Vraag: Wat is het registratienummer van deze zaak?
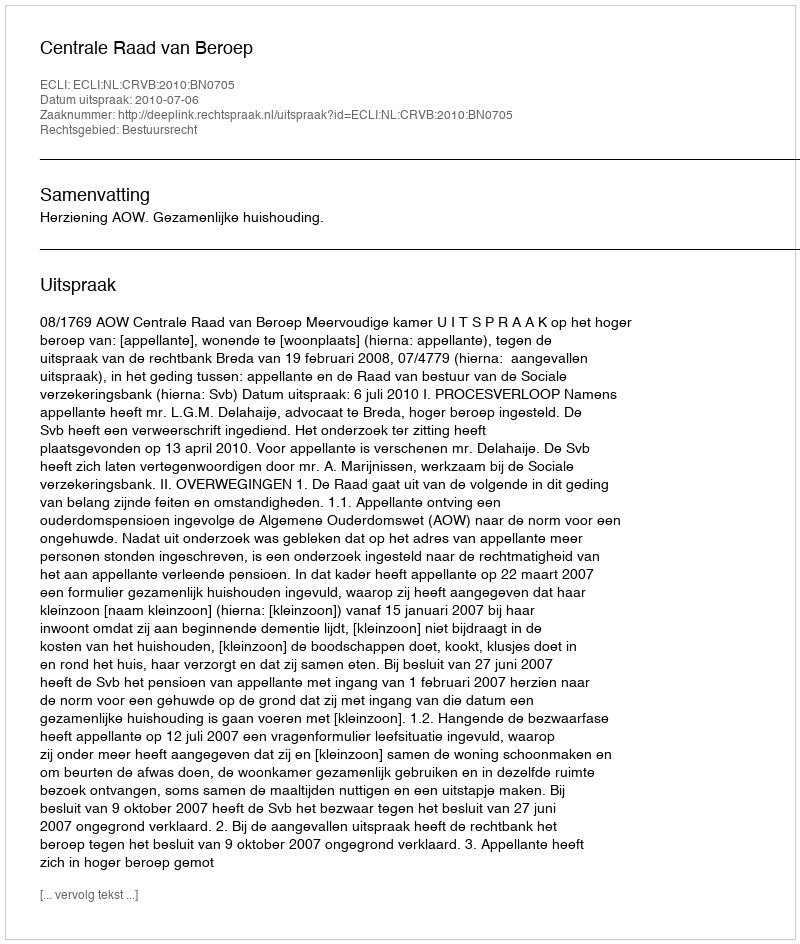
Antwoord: http://deeplink.rechtspraak.nl/uitspraak?id=ECLI:NL:CRVB:2010:BN0705